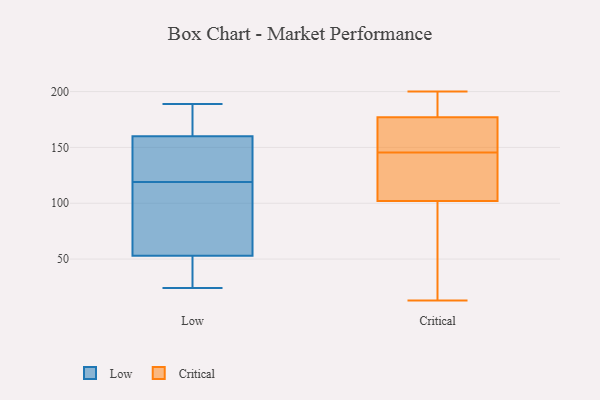
{"axis": {"x": "Waste Production (Tons)", "y": "Value"}, "legend": ["Critical", "Low"], "data": [{"x": "", "y": 24, "type": "Low"}, {"x": "", "y": 189, "type": "Low"}, {"x": "", "y": 133, "type": "Low"}, {"x": "", "y": 178, "type": "Low"}, {"x": "", "y": 26, "type": "Low"}, {"x": "", "y": 106, "type": "Low"}, {"x": "", "y": 93, "type": "Low"}, {"x": "", "y": 132, "type": "Low"}, {"x": "", "y": 159, "type": "Low"}, {"x": "", "y": 161, "type": "Low"}, {"x": "", "y": 48, "type": "Low"}, {"x": "", "y": 153, "type": "Low"}, {"x": "", "y": 76, "type": "Low"}, {"x": "", "y": 187, "type": "Low"}, {"x": "", "y": 58, "type": "Low"}, {"x": "", "y": 32, "type": "Low"}, {"x": "", "y": 79, "type": "Critical"}, {"x": "", "y": 13, "type": "Critical"}, {"x": "", "y": 200, "type": "Critical"}, {"x": "", "y": 85, "type": "Critical"}, {"x": "", "y": 142, "type": "Critical"}, {"x": "", "y": 119, "type": "Critical"}, {"x": "", "y": 143, "type": "Critical"}, {"x": "", "y": 190, "type": "Critical"}, {"x": "", "y": 166, "type": "Critical"}, {"x": "", "y": 198, "type": "Critical"}, {"x": "", "y": 148, "type": "Critical"}, {"x": "", "y": 54, "type": "Critical"}, {"x": "", "y": 141, "type": "Critical"}, {"x": "", "y": 185, "type": "Critical"}, {"x": "", "y": 169, "type": "Critical"}, {"x": "", "y": 163, "type": "Critical"}]}